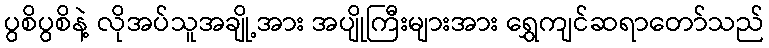
ပွစိပွစိနဲ့ လိုအပ်သူအချို့အား အပျိုကြီးများအား ရွှေကျင်ဆရာတော်သည်